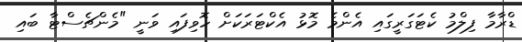
ޑްރާމާ ފިލްމު ކެޓަގަރީގައި އެންމެ މޮޅު އެކްޓަރަކަށް ހޮވިފައި ވަނީ "މެންޗެސްޓާ ބައި